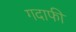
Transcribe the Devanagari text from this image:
गदाफी